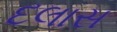
દલાસ